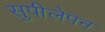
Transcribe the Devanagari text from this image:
सुपीलेपन